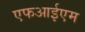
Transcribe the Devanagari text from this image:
एफआईएम